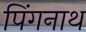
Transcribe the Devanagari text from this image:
पिंगनाथ